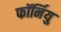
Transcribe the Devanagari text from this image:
फॉर्नियु